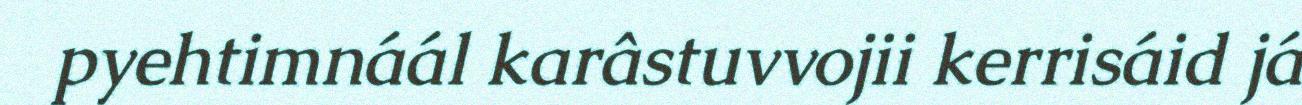
pyehtimnáál karâstuvvojii kerrisáid já